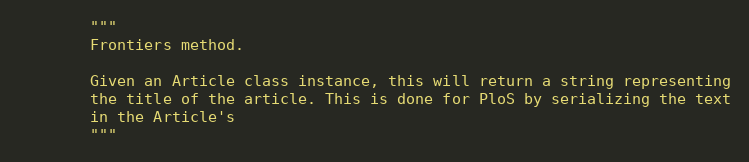
Language: Python
        """
        Frontiers method.

        Given an Article class instance, this will return a string representing
        the title of the article. This is done for PloS by serializing the text
        in the Article's
        """